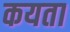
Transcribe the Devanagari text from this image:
कयता